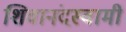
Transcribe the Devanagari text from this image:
शिवानंदस्वामी